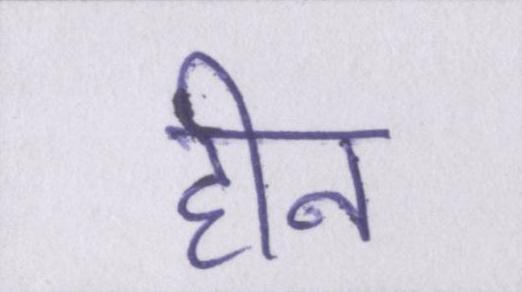
हीन